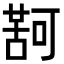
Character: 𮐤